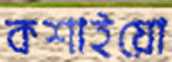
কশাইয়ো